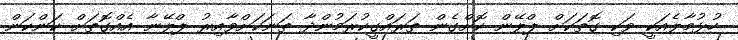
ހުޅުމާލެއަކީ ވަކި ގޮތަކަށް ޕްލޭން ކޮށްގެން ތަރައްގީކުރަމުންދާ ތަނަކަށްވާއިރު ޕްލޭނާ އެއްގޮތަށް ކަންކަން